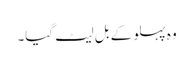
وہ پہلو کے بل لیٹ گیا۔